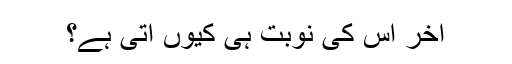
آخر اس کی نوبت ہی کیوں آتی ہے؟